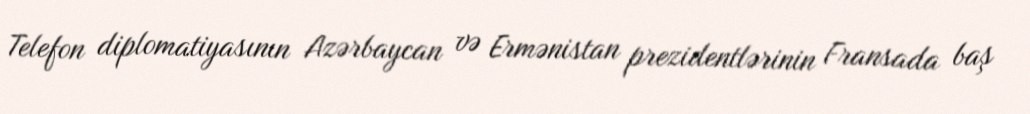
Telefon diplomatiyasının Azərbaycan və Ermənistan prezidentlərinin Fransada baş